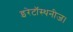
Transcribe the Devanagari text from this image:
इरेटॉस्थनीज।